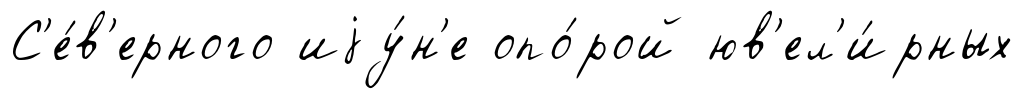
С'е́в'ерного иjу́н'е опо́рой юв'ел'и́рных